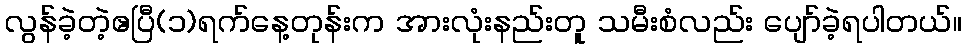
လွန်ခဲ့တဲ့ဧပြီ(၁)ရက်နေ့တုန်းက အားလုံးနည်းတူ သမီးစံလည်း ပျော်ခဲ့ရပါတယ်။